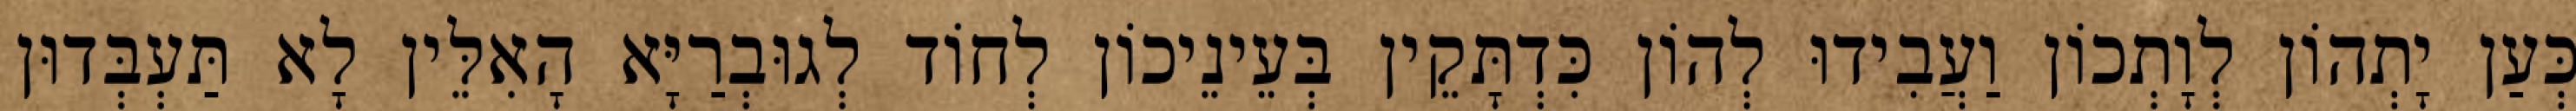
כְּעַן יָתְהוֹן לְוָתְכוֹן וַעֲבִידוּ לְהוֹן כִּדְתָּקֵין בְּעֵינֵיכוֹן לְחוֹד לְגוּבְרַיָּא הָאִלֵּין לָא תַּעְבְּדוּן